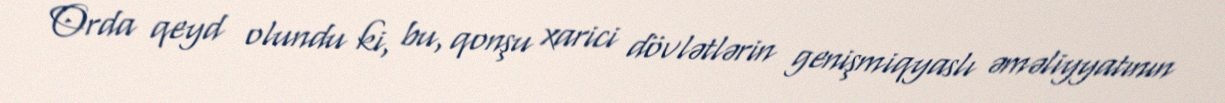
Orda qeyd olundu ki, bu, qonşu xarici dövlətlərin genişmiqyaslı əməliyyatının